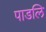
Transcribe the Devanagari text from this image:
पाडलि